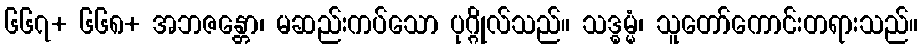
၆၆၇+ ၆၆၈+ အဘဇန္တော၊ မဆည်းကပ်သော ပုဂ္ဂိုလ်သည်။ သဒ္ဓမ္မံ၊ သူတော်ကောင်းတရားသည်။